Vaccination in Bombay 1856-1862 - 1856-1862
Year: 1856
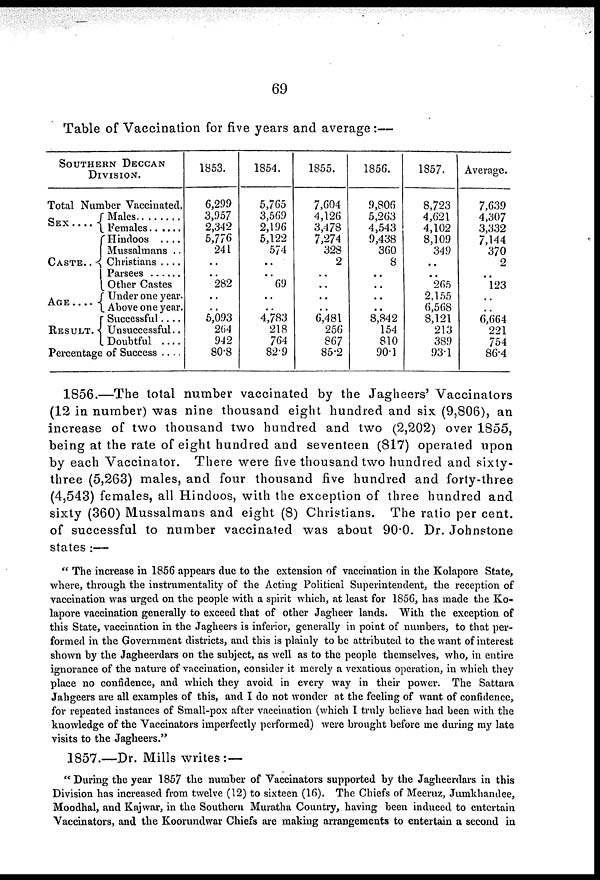
69
Table of Vaccination for five years and average
SOUTHERN DECCAN
DIVISION.
Total Number Vaccinated.
SEX
CASTE . .
AGE
. . . .
RESULT . .
Males . . . . . .
Females . . . .
Hindoos . . . . .
Mussalmans . .
Christians . . . .
Parsees . . . . .
Other Castes . . .
Under one year.
Above one year.
Successful . . . .
Unsuccessful . .
Doubtful . . . .
Percentage of Success . . . .
1853.
6,299
3,957
2,342
5,776
241
..
..
282
..
..
5,093
264
942
80.8
1854.
5,765
3,569
2,196
5,122
574
..
..
69
..
..
4,783
218
764
82.9
1855.
7,604
4,126
3,478
7,274
328
2
..
..
..
..
6,481
256
867
85.2
1856.
9,806
5,263
4,543
9,438
360
8
..
..
..
..
8,842
154
810
90.1
1857.
8,723
4,621
4,102
8,109
349
..
..
265
2,155
6,568
8,121
213
389
93.1
Average.
7,639
4,307
3,332
7,144
370
2
..
123
..
..
6,664
221
754
86.4
1856.—The total number vaccinated by the Jagheers' Vaccinators
(12 in number) was nine thousand eight hundred and six (9,806), an
increase of two thousand two hundred and two (2,202) over 1855,
being at the rate of eight hundred and seventeen (817) operated upon
by each Vaccinator. There were five thousand two hundred and sixty-
three (5,263) males, and four thousand five hundred and forty-three
(4,543) females, all Hindoos, with the exception of three hundred and
sixty (360) Mussalmans and eight (8) Christians. The ratio per cent.
of successful to number vaccinated was about 90.0. Dr. Johnstone
states :—
" The increase in 1856 appears due to the extension of vaccination in the Kolapore State,
where, through the instrumentality of the Acting Political Superintendent, the reception of
vaccination was urged on the people with a spirit which, at least for 1856, has made the Ko-
lapore vaccination generally to exceed that of other Jagheer lands. With the exception of
this State, vaccination in the Jagheers is inferior, generally in point of numbers, to that per-
formed in the Government districts, and this is plainly to be attributed to the want of interest
shown by the Jagheerdars on the subject, as well as to the people themselves, who, in entire
ignorance of the nature of vaccination, consider it merely a vexatious operation, in which they
place no confidence, and which they avoid in every way in their power. The Sattara
Jahgeers are all examples of this, and I do not wonder at the feeling of want of confidence,
for repeated instances of Small-pox after vaccination (which I truly believe had been with the
knowledge of the Vaccinators imperfectly performed) were brought before me during my late
visits to the Jagheers."
1857.—Dr. Mills writes :—
" During the year 1857 the number of Vaccinators supported by the Jagheerdars in this
Division has increased from twelve (12) to sixteen (16). The Chiefs of Meeruz, Jumkhandee,
Moodhal, and Kajwar, in the Southern Muratha Country, having been induced to entertain
Vaccinators, and the Koorundwar Chiefs are making arrangements to entertain a second in